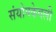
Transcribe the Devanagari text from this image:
संयोगकेवली